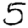
Digit: 5